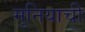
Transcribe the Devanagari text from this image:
मुनियाची